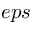
e p s